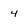
Character: 4